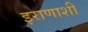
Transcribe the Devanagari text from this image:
इराणाशी